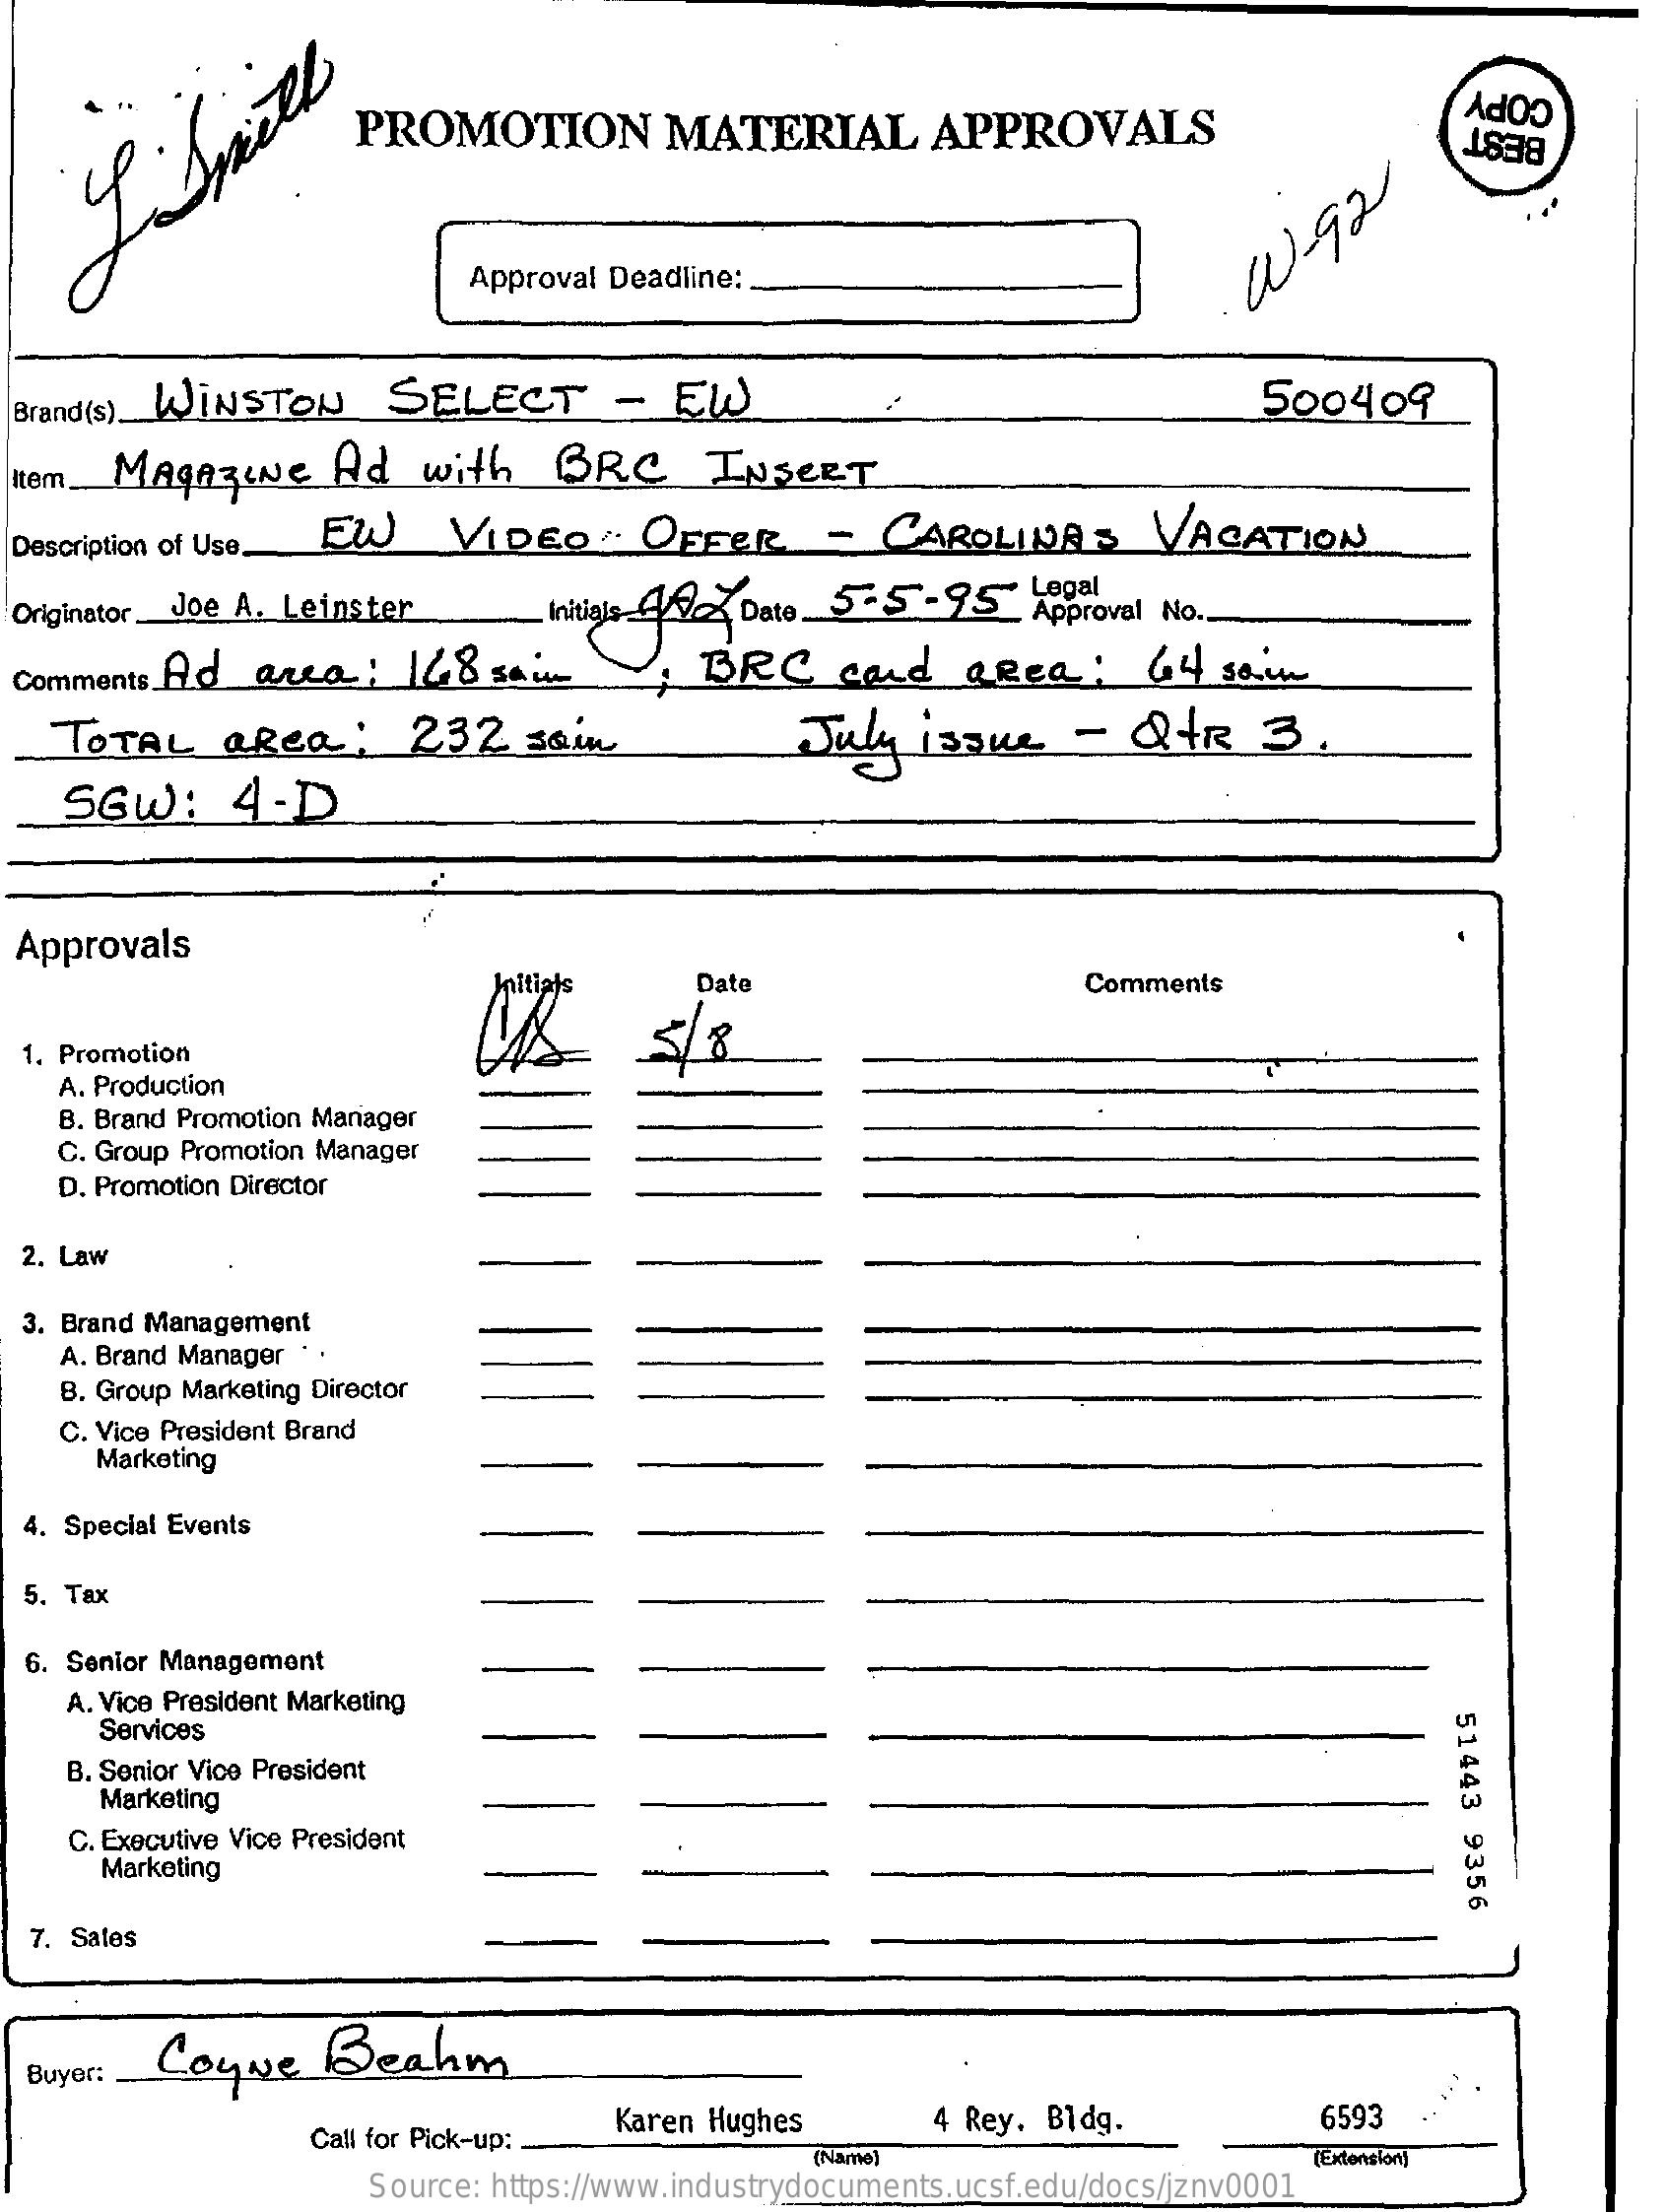
PROMOTION    MATERIAL    APPROVALS    COPY
  I
     Smith    BEST
     Approval Deadline:
     W.92
  Brand (s). WINSTON SELECT    -  EW    500409
  Item_ MAGAZINE Ad   with   BRC    INSERT
  Description of Use_ EW VIDEO :. OFFER    -  CAROLINAS    VACATION
  Originator_Joe A. Leinster Initials AR- Date 5-5-95- Legal Approval No ..
  Comments Ad arca : 148  sain    BRC    card  area   :  64  sain
   TOTAL   aRea   :  232   soin    July  issue   -  QTR    3.
    SGW:    4-D
  Approvals
     Initials   Date    Comments
  1. Promotion    5/8
   A. Production
    B. Brand Promotion Manager
   C. Group Promotion Manager
   D. Promotion Director
  2. Law
  3. Brand Management
    A. Brand Manager . .
   B. Group Marketing Director
    C. Vice President Brand
     Marketing
  4. Special Events
  5. Tax
  6. Senior Management
    A. Vice President Marketing
     Services
     51443
     9356
    B. Senior Vice President
     Marketing
    C. Executive Vice President
     Marketing
  7. Sales
     Coyne    Beahm
  Buyer:
     Call for Pick-up:
     Karen Hughes    4 Rey. Bldg.    6593
     (Name)    (Extension)
     Source: https://www.industrydocuments.ucsf.edu/docs/jznv0001